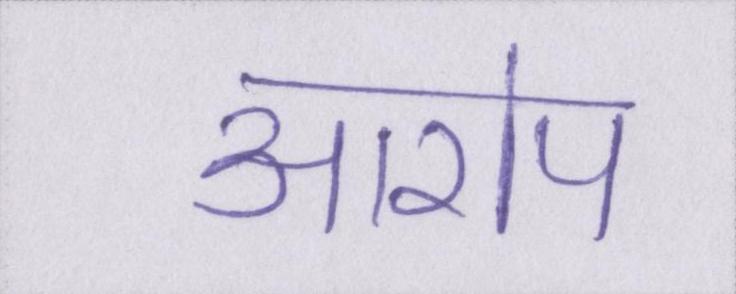
आरोप